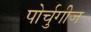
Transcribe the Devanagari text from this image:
पोर्चुगीज